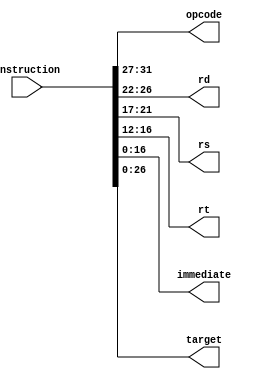
module instruction_splitter(instruction, opcode, rd, rs, rt, immediate, target);

input [31:0] instruction;
output [4:0] opcode, rd, rs, rt;
output [16:0] immediate;
output [26:0] target;
assign opcode = instruction[31:27];
assign rd = instruction[26:22];
assign rs = instruction[21:17];
assign rt = instruction[16:12];
assign immediate = instruction[16:0];
assign target = instruction[26:0];

endmodule